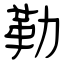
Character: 勒